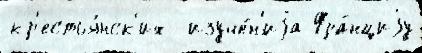
кр'естья́нск'их  изуче́н'иjа Фра́нциjу